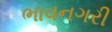
ભાવનગરી